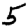
Digit: 5